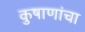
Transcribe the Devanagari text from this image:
कुषाणांचा